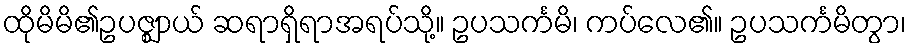
ထိုမိမိ၏ဥပဇ္ဈာယ် ဆရာရှိရာအရပ်သို့။ ဥပသင်္ကမိ၊ ကပ်လေ၏။ ဥပသင်္ကမိတွာ၊